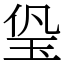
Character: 㺸